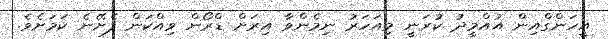
އީހަންގްއިން އުއްމީދު ކުރަނީ މިއަހަރު ނިމެންވާ އިރަށް ޑްރޯން ވިއްކަން ފެށޭނެ ކަމަށެވެ.